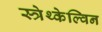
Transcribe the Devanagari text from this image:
स्त्रेथ्केल्विन